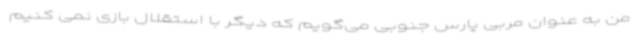
من به عنوان مربی پارس جنوبی می‌گویم که دیگر با استقلال بازی نمی کنیم